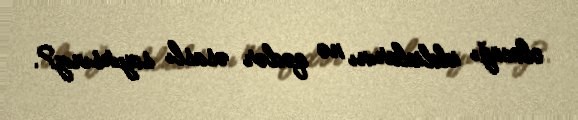
olacağı iddialarını nə qədər əsaslı sayırsınız?.